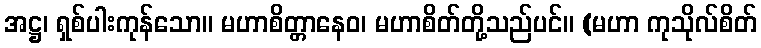
အဋ္ဌ၊ ရှစ်ပါးကုန်သော။ မဟာစိတ္တာနေဝ၊ မဟာစိတ်တို့သည်ပင်။ (မဟာ ကုသိုလ်စိတ်